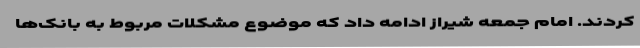
کردند. امام جمعه شیراز ادامه داد که موضوع مشکلات مربوط به بانک‌ها